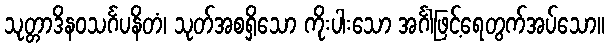
သုတ္တာဒိနဝသင်္ဂပနိတံ၊ သုတ်အစရှိသော ကိုးပါးသော အင်္ဂါဖြင့်ရေတွက်အပ်သော။